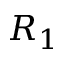
R _ { 1 }